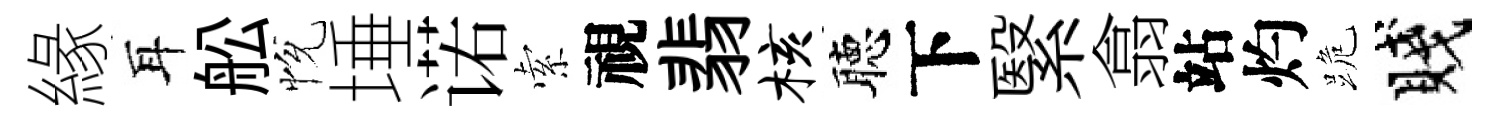
緣耳舩恱埵诺索視翡核聴下繄翕站灼跪賤